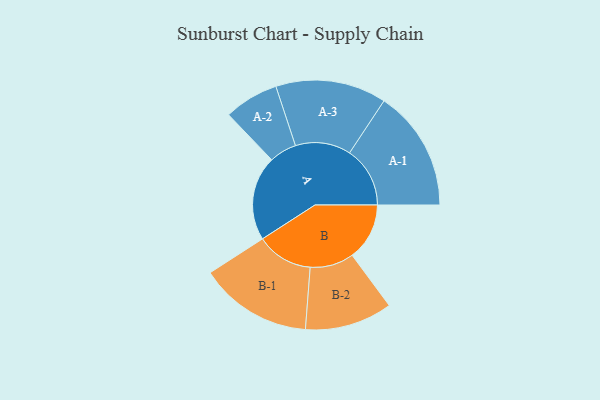
{"axis": {"x": "Segment", "y": "Value"}, "legend": ["", "A", "B"], "data": [{"x": "A", "y": 319, "type": ""}, {"x": "B", "y": 216, "type": ""}, {"x": "A-1", "y": 228, "type": "A"}, {"x": "A-2", "y": 103, "type": "A"}, {"x": "A-3", "y": 209, "type": "A"}, {"x": "B-1", "y": 213, "type": "B"}, {"x": "B-2", "y": 165, "type": "B"}]}